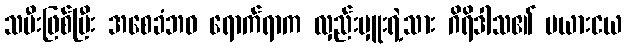
သမီးဖြစ်ပြီး အစေခံဘဝ ရောက်ရာက လှည်းမှူးရဲ့သား ဂိရိဒါသ၏ မယားငယ